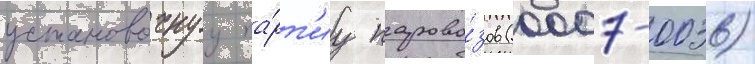
установочнуу па́рт'иу парово́зов (0007-0036)